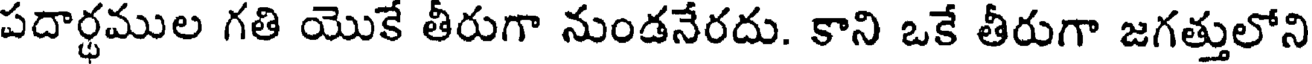
పదార్థముల గతి యొకే తీరుగా నుండనేరదు. కాని ఒకే తీరుగా జగత్తులోని